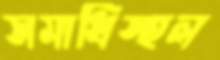
সমাধিস্হল